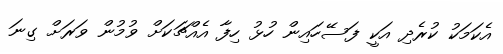
އެކަމަކު ކުރެދި އަކީ ފަސޭހައިން ހުޅު ހިފާ އެއްޗަކަށް ވުމުން ވަރަށް ގިނަ